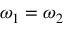
\omega _ { 1 } = \omega _ { 2 }